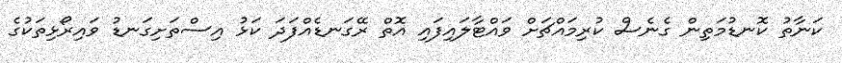
ކަނާތު ކޮނޑުމަތިން ގެނެސް ކުރިމައްޗަށް ވައްޓާލައިފައި އޮތް ރޭގަނޑެއްފަދަ ކަޅު އިސްތަށިގަނޑު ވައިރޯޅިތަކުގެ